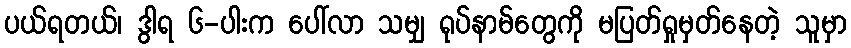
ပယ်ရတယ်၊ ဒွါရ ၆-ပါးက ပေါ်လာ သမျှ ရုပ်နာမ်တွေကို မပြတ်ရှုမှတ်နေတဲ့ သူမှာ